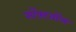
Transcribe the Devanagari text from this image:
सॉफ़्टबॉल